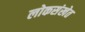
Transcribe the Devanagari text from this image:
लोकसंखेत